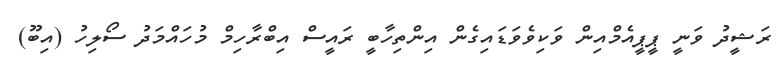
ރަޝީދު ވަނީ ޕީޕީއެމްއިން ވަކިވެވަޑައިގެން އިންތިހާބީ ރައީސް އިބްރާހިމް މުހައްމަދު ސޯލިހު (އިބޫ)